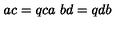
\ a c = q c a \ b d = q d b